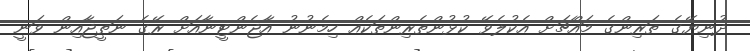
ދުނިޔޭގެ ތަރިންގެ މައްޗަށް އެކުލެވޭ ކުޅުންތެރިންތަކެއް ހިމެނުނު އާޖެންޓީނާއަށް ރޭގެ ނަތީޖާއިން ވަނީ